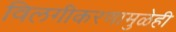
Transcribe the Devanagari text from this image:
विलगीकरणामुळेही